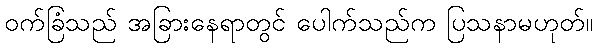
ဝက်ခြံသည် အခြားနေရာတွင် ပေါက်သည်က ပြသနာမဟုတ်။